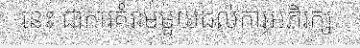
នេះ ជាការគំរាមមួយដល់ការអភិរក្ស